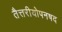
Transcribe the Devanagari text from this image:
तैत्तरीयोपनषद